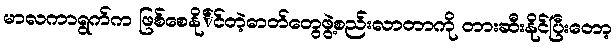
မာလကာရွက်က ဖြစ်စေနို်င်တဲ့ဓာတ်တွေဖွဲ့စည်းလာတာကို တားဆီးနိုင်ပြီးတော့